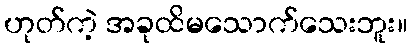
ဟုတ်ကဲ့ အခုထိမသောက်သေးဘူး။